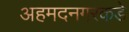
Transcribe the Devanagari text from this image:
अहमदनगरकडे